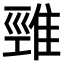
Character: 𨿋